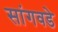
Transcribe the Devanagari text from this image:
सांगवडे